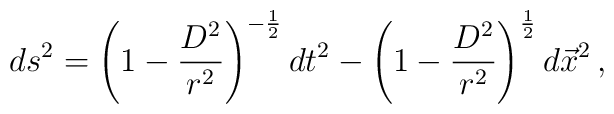
ds^{2}= \left(1-\frac{D^{2}}{r^{2}}\right)^{-\frac{1}{2}}dt^{2}-\left(1-\frac{D^{2}}{r^{2}}\right)^{\frac{1}{2}}d\vec{x}^{2}\, ,